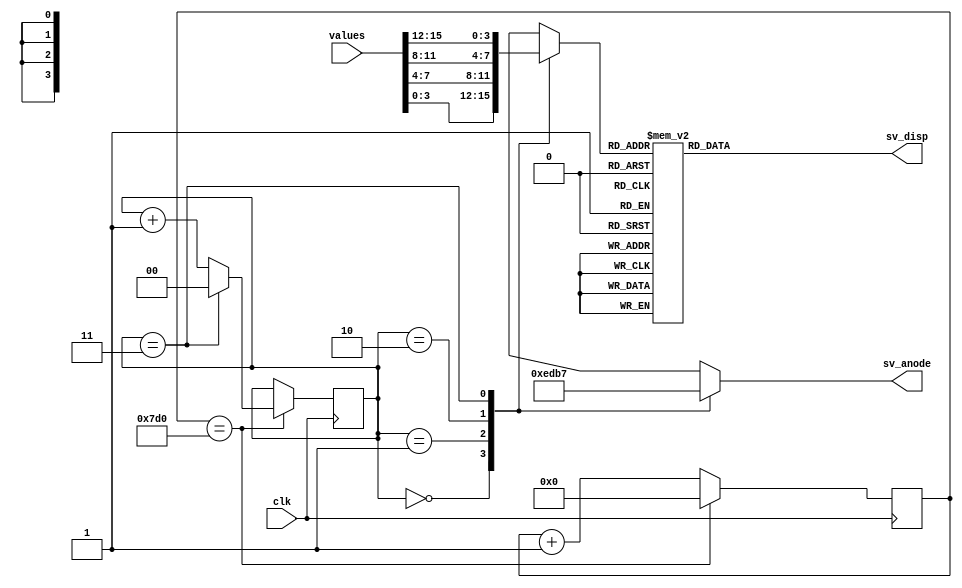
`timescale 1ns / 1ps
// Creator: Chaiwat Ekkaewnumchai
// Module Name: seven_seg.v
// Description: show specific four combined values (4 bits) to four panels

module seven_seg(
	input clk,						// clock signal
	input [15:0] values,			// 4 combined values (4 for each)
	output reg [6:0] sv_disp,	// cathode of seven segment
	output reg [3:0] sv_anode	// anode of seven segment
	);
	
	reg [3:0] current_value;	// value to be shown (one at a time)
	
	// divide values to separated values
	wire [3:0] a, b, c, d;
	assign a = values[3:0];
	assign b = values[7:4];
	assign c = values[11:8];
	assign d = values[15:12];


	reg [1:0] sel = 2'b00;	// indicate which panel is selected
	reg [10:0] x = 0;	// counter and clock divider

	// clock divider
	always @ (posedge clk) begin
		if(x == 2000) begin
			x <= 0;
			// set selection panel
			if(sel == 2'b11)
				sel <= 2'b00;
			else
				sel <= sel + 1;
		end
		else
			x <= x + 1;
	end

	// set value to be shown according to 'sel'
	always @ (sel) begin      
		case(sel)
			2'b00: current_value = a;
			2'b01: current_value = b;
			2'b10: current_value = c;
			2'b11: current_value = d;
		endcase
			  
		case(sel)
			2'b00: sv_anode = 4'b1110;
			2'b01: sv_anode = 4'b1101;
			2'b10: sv_anode = 4'b1011;
			2'b11: sv_anode = 4'b0111;
		endcase
	end

	// constant from '0' to 'F'
	parameter disp_0 = 7'b1000000;
	parameter disp_1 = 7'b1111001;
	parameter disp_2 = 7'b0100100;
	parameter disp_3 = 7'b0110000;
	parameter disp_4 = 7'b0011001;
	parameter disp_5 = 7'b0010010;
	parameter disp_6 = 7'b0000010;
	parameter disp_7 = 7'b1111000;
	parameter disp_8 = 7'b0000000;
	parameter disp_9 = 7'b0010000;
	parameter disp_A = 7'b0001000;
	parameter disp_B = 7'b0000011;
	parameter disp_C = 7'b1000110;
	parameter disp_D = 7'b0100001;
	parameter disp_E = 7'b0000110;
	parameter disp_F = 7'b0001110;

	// set value to show according to the value set early
	always @ (current_value)
		case(current_value)
			4'b0000: sv_disp = disp_0;
			4'b0001: sv_disp = disp_1;
			4'b0010: sv_disp = disp_2;
			4'b0011: sv_disp = disp_3;
			4'b0100: sv_disp = disp_4;
			4'b0101: sv_disp = disp_5;
			4'b0110: sv_disp = disp_6;
			4'b0111: sv_disp = disp_7;
			4'b1000: sv_disp = disp_8;
			4'b1001: sv_disp = disp_9;
			4'b1010: sv_disp = disp_A;
			4'b1011: sv_disp = disp_B;
			4'b1100: sv_disp = disp_C;
			4'b1101: sv_disp = disp_D;
			4'b1110: sv_disp = disp_E;
			4'b1111: sv_disp = disp_F;
		endcase

endmodule